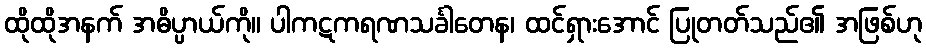
ထိုထိုအနက် အဓိပ္ပာယ်ကို။ ပါကဋကရဏသင်္ခါတေန၊ ထင်ရှားအောင် ပြုတတ်သည်၏ အဖြစ်ဟု